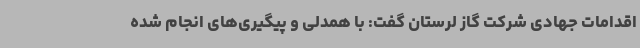
اقدامات جهادی شرکت گاز لرستان گفت: با همدلی و پیگیری‌های انجام شده